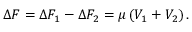
\Delta F = \Delta F _ { 1 } - \Delta F _ { 2 } = \mu \left( V _ { 1 } + V _ { 2 } \right) .